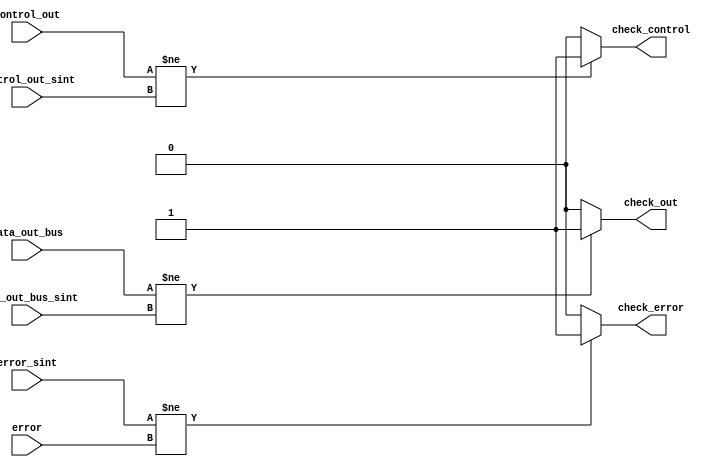
module checker#(parameter BUS_SIZE = 16,
				parameter WORD_SIZE = 4,
				parameter WORD_NUM = BUS_SIZE / WORD_SIZE
				)(input error,
				input error_sint,
				input [BUS_SIZE-1:0] data_out_bus,
				input [BUS_SIZE-1:0] data_out_bus_sint,
				input [WORD_NUM-1:0] control_out,
				input [WORD_SIZE-1:0] control_out_sint,
				output reg check_out,
				output reg check_control,
				output reg check_error
				);
				
	always @(*) begin
		if(data_out_bus != data_out_bus_sint) begin
			check_out = 1;
		end else check_out = 0;

		if(control_out != control_out_sint) begin
			check_control = 1;
		end else check_control = 0;
	
		if(error_sint != error) begin
			check_error = 1;
		end else check_error = 0;
	end

endmodule